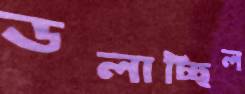
ডলাচ্ছিল